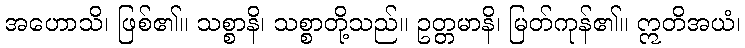
အဟောသိ၊ ဖြစ်၏။ သစ္စာနိ၊ သစ္စာတို့သည်။ ဥတ္တမာနိ၊ မြတ်ကုန်၏။ ဣတိအယံ၊